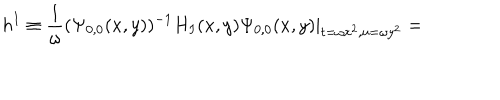
h ^ { I } \equiv \frac { 1 } { \omega } ( \Psi _ { 0 , 0 } ( x , y ) ) ^ { - 1 } H _ { I } ( x , y ) \Psi _ { 0 , 0 } ( x , y ) | _ { t = \omega x ^ { 2 } , u = \omega y ^ { 2 } } =